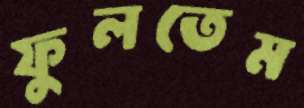
ফুলতেম